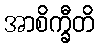
အာစိက္ခီတိ